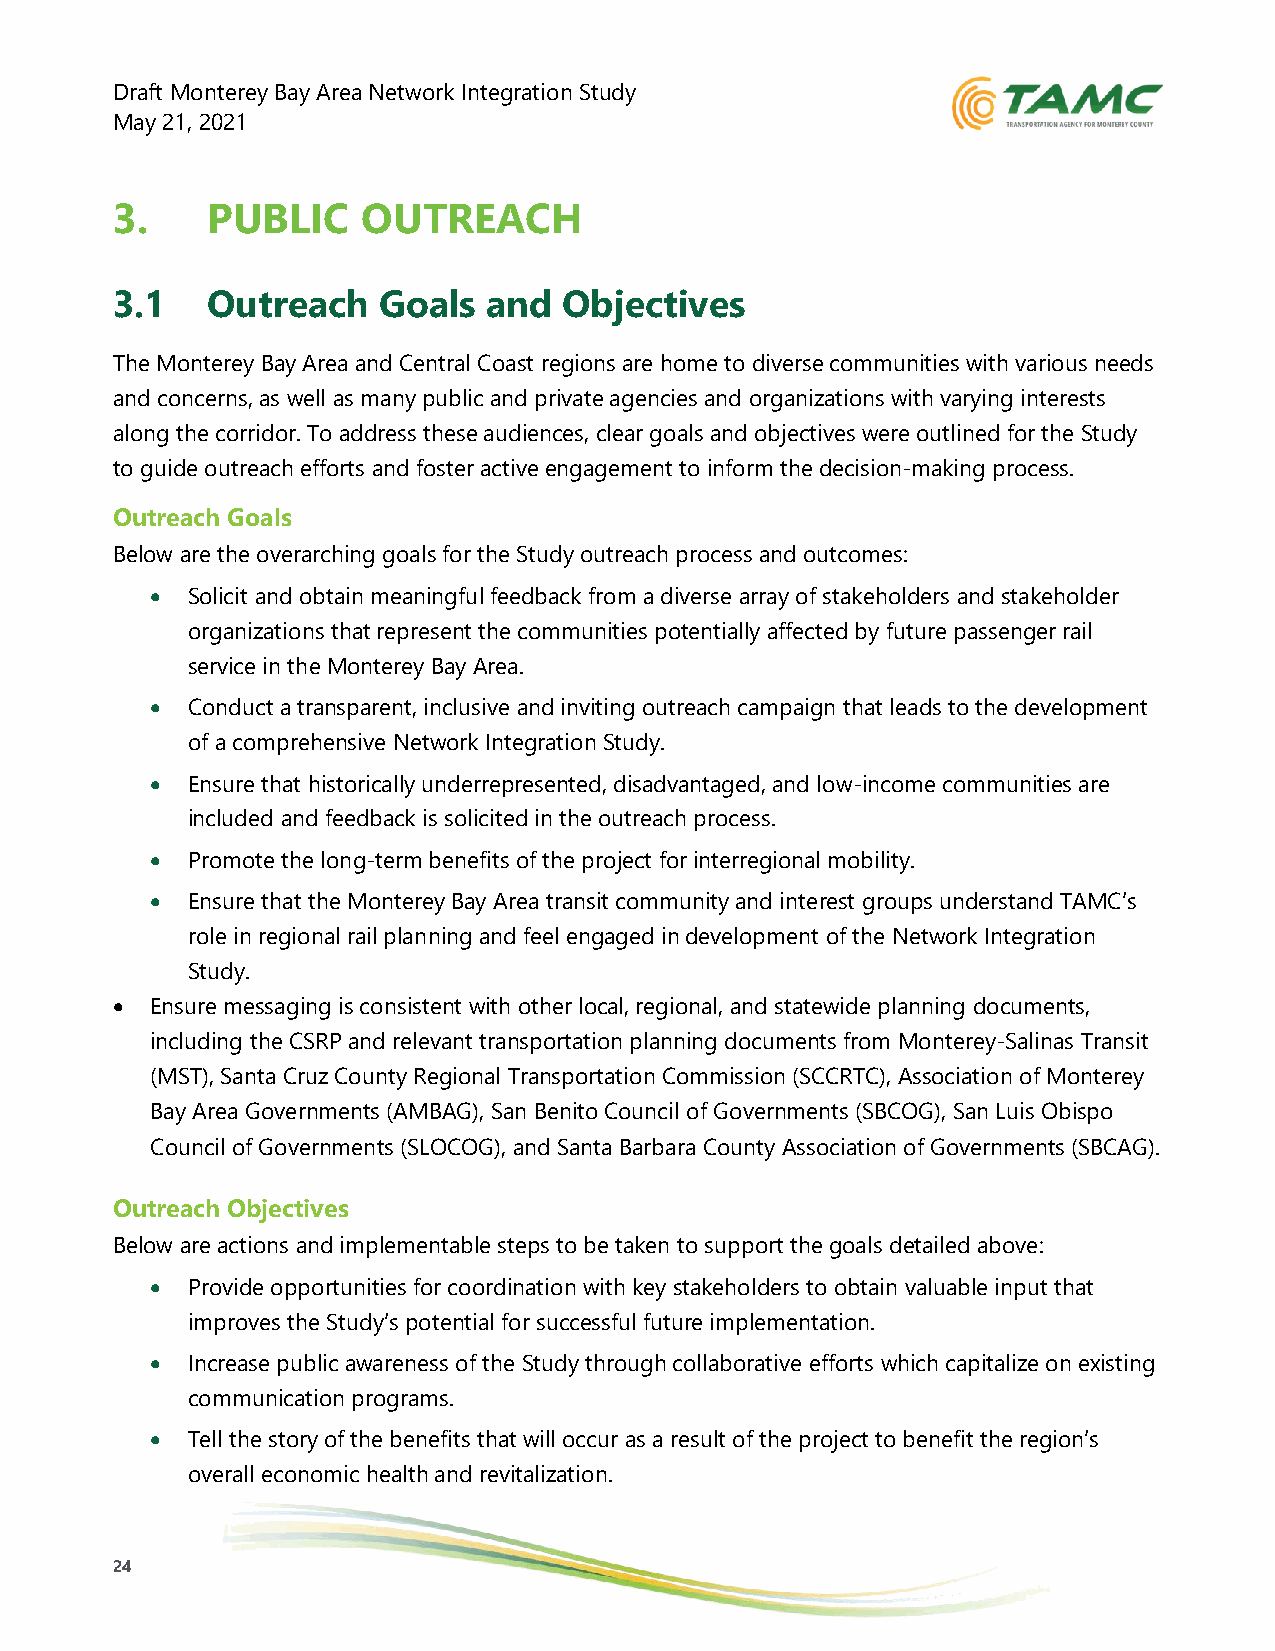
Draft Monterey Bay Area Network Integration Study
 May 21, 2021
 3.     PUBLIC    OUTREACH
 3.1    Outreach   Goals  and  Objectives
 The Monterey Bay Area and Central Coast regions are home to diverse communities with various needs
 and concerns, as well as many public and private agencies and organizations with varying interests
 along the corridor. To address these audiences, clear goals and objectives were outlined for the Study
 to guide outreach efforts and foster active engagement to inform the decision-making process.
 Outreach Goals
 Below are the overarching goals for the Study outreach process and outcomes:
 • Solicit and obtain meaningful feedback from a diverse array of stakeholders and stakeholder
 organizations that represent the communities potentially affected by future passenger rail
 service in the Monterey Bay Area.
 • Conduct a transparent, inclusive and inviting outreach campaign that leads to the development
 of a comprehensive Network Integration Study.
 • Ensure that historically underrepresented, disadvantaged, and low-income communities are
 included and feedback is solicited in the outreach process.
 • Promote the long-term benefits of the project for interregional mobility.
 • Ensure that the Monterey Bay Area transit community and interest groups understand TAMC’s
 role in regional rail planning and feel engaged in development of the Network Integration
 Study.
 •  Ensure messaging is consistent with other local, regional, and statewide planning documents,
 including the CSRP and relevant transportation planning documents from Monterey-Salinas Transit
 (MST), Santa Cruz County Regional Transportation Commission (SCCRTC), Association of Monterey
 Bay Area Governments (AMBAG), San Benito Council of Governments (SBCOG), San Luis Obispo
 Council of Governments (SLOCOG), and Santa Barbara County Association of Governments (SBCAG).
 Outreach Objectives
 Below are actions and implementable steps to be taken to support the goals detailed above:
 • Provide opportunities for coordination with key stakeholders to obtain valuable input that
 improves the Study’s potential for successful future implementation.
 • Increase public awareness of the Study through collaborative efforts which capitalize on existing
 communication programs.
 • Tell the story of the benefits that will occur as a result of the project to benefit the region’s
 overall economic health and revitalization.
 24